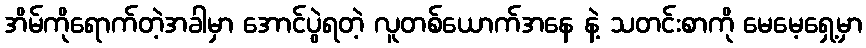
အိမ်ကိုရောက်တဲ့အခါမှာ အောင်ပွဲရတဲ့ လူတစ်ယောက်အနေ နဲ့ သတင်းစာကို မေမေ့ရှေ့မှာ